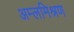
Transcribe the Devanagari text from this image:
अम्लमिश्रण